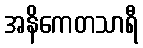
အနိကေတသာရီ